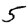
Digit: 5